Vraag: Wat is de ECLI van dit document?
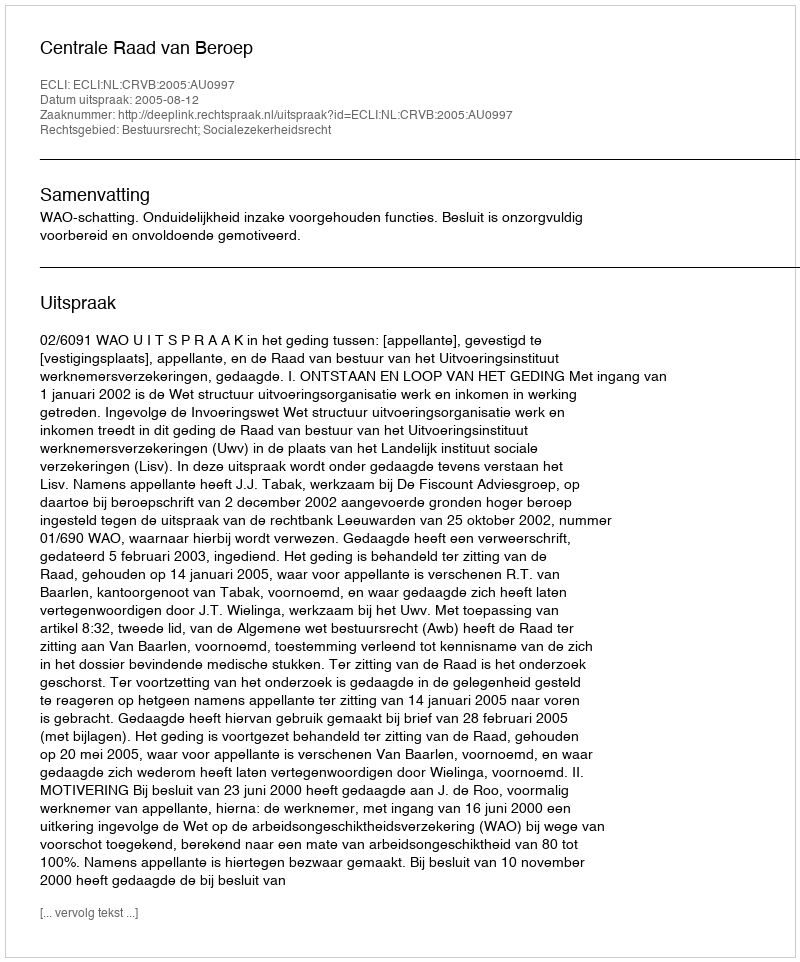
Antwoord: ECLI:NL:CRVB:2005:AU0997